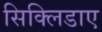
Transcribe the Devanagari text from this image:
सिक्लिडाए